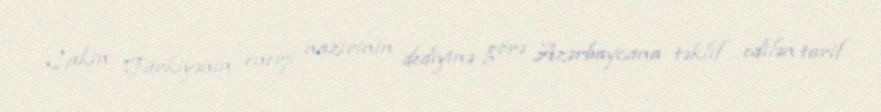
Lakin Türkiyənin enerji nazirinin dediyinə görə Azərbaycana təklif edilən tarif